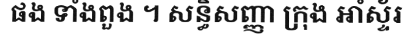
ផង ទាំងពួង ។ សន្ធិសញ្ញា ក្រុង អាំស្ទ័រ